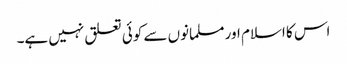
اس کا اسلام اور مسلمانوں سے کوئی تعلق نہیں ہے۔